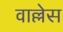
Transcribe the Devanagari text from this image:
वाल्लेस